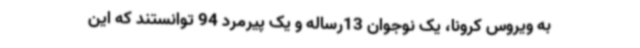
به ویروس کرونا، یک نوجوان 13رساله و یک پیرمرد 94 توانستند که این